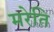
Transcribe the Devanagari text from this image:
मरेति